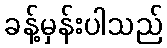
ခန့်မှန်းပါသည်